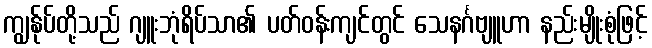
ကျွန်ုပ်တို့သည် ဂျူးဘုံရိပ်သာ၏ ပတ်ဝန်းကျင်တွင် သေနင်္ဂဗျူဟာ နည်းမျိုးစုံဖြင့်